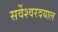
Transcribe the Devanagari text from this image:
सर्वेश्वरदयाल